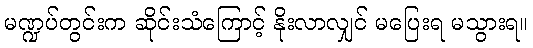
မဏ္ဍပ်တွင်းက ဆိုင်းသံကြောင့် နိုးလာလျှင် မပြေးရ မသွားရ။